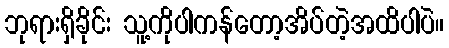
ဘုရားရှိခိုင်း သူ့ကိုပါကန်တော့အိပ်တဲ့အထိပါပဲ။